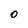
Character: o